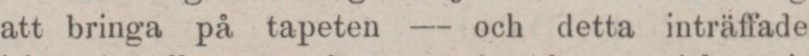
att bringa på tapeten — och detta inträffade